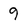
Character: 9